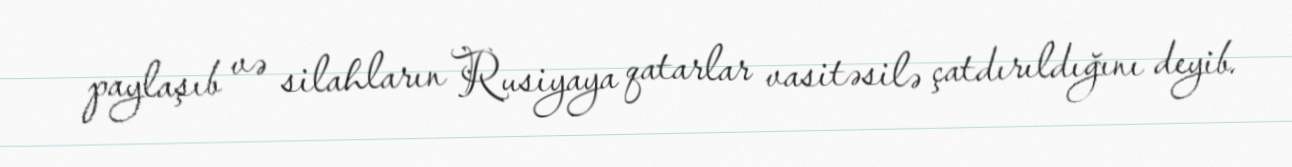
paylaşıb və silahların Rusiyaya qatarlar vasitəsilə çatdırıldığını deyib.